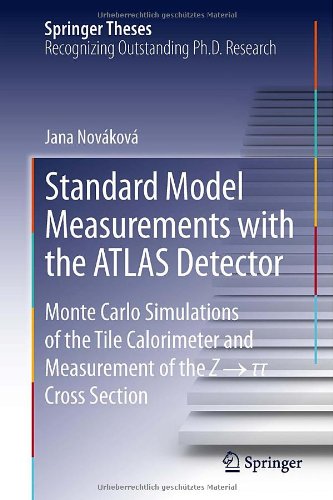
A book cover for Standard Model Measurements with the ATLAS Detector: Monte Carlo Simulations of the Tile Calorimeter and Measurement of the Z    Cross Section (Springer Theses); Jana NovÃ¡kovÃ¡; Travel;